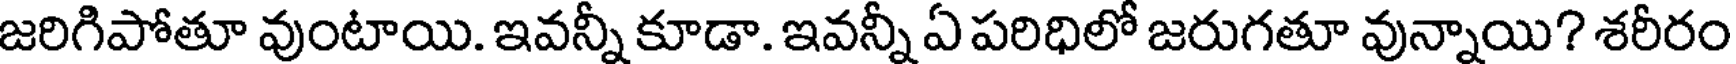
జరిగిపోతూ వుంటాయి. ఇవన్నీ కూడా. ఇవన్నీ ఏ పరిధిలో జరుగతూ వున్నాయి? శరీరం